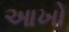
આખો